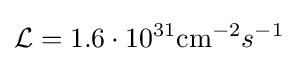
{\mathcal {L}}=1.6\cdot 10^{31}\mathrm {cm} ^{-2}s^{-1}